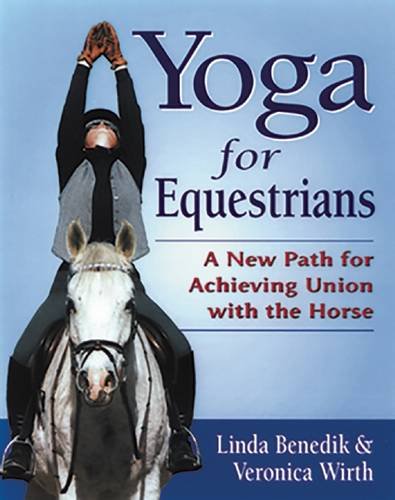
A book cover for Yoga for Equestrians: A New Path for Achieving Union with the Horse; Linda Benedik; Crafts, Hobbies & Home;